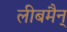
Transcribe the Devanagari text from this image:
लीबमैन्